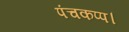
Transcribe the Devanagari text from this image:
पंचकप्प।